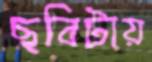
ছবিটায়